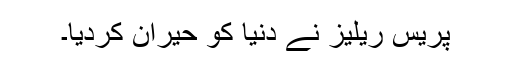
پریس ریلیز نے دنیا کو حیران کردیا۔